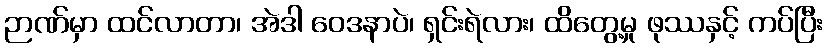
ဉာဏ်မှာ ထင်လာတာ၊ အဲဒါ ဝေဒနာပဲ၊ ရှင်းရဲလား၊ ထိတွေ့မှု ဖုဿနှင့် ကပ်ပြီး